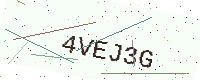
Text: 4VEJ3G